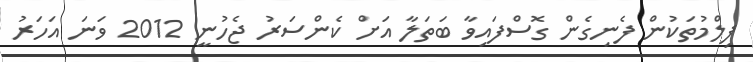
ފިލްމުތަކުން ފެނިގެން ގޮސްފައިވާ ބަތަލާ އަށް ކެންސަރު ޖެހުނީ 2012 ވަނަ އަހަރު